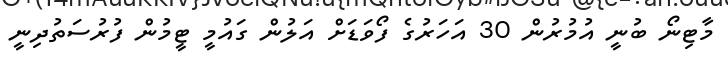
މާޓިނޯ ބުނީ އުމުރުން 30 އަހަރުގެ ފޯވަޑަށް އަލުން ގައުމީ ޓީމުން ފުރުސަތުދިނީ